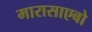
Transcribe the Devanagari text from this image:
मारासाएबो